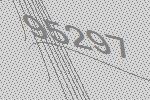
95297